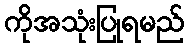
ကိုအသုံးပြုရမည်